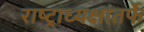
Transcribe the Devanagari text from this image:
राष्ट्राध्यक्षांतर्फे